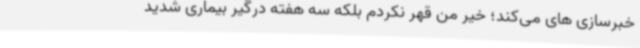
خبرسازی های می‌کند؛ خیر من قهر نکردم بلکه سه هفته درگیر بیماری شدید